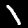
Digit: 1